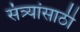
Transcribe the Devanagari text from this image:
संत्र्यांसाठी